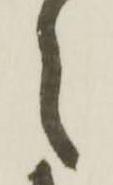
々